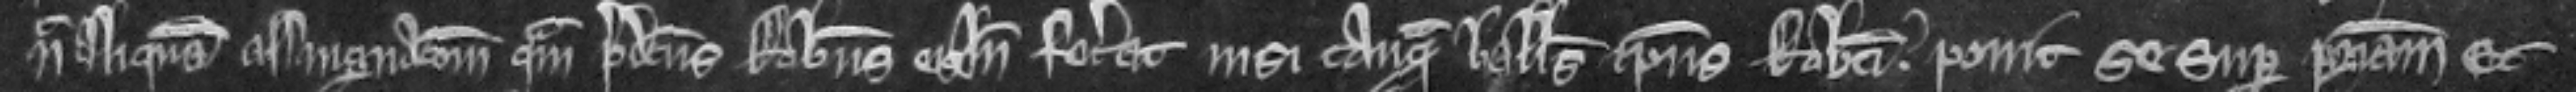
nec aliquam assignacionem quam predictus Robertus eis inde fecerat nisi tanquam ballivus ipsius Roberti ponit se super patriam. Et